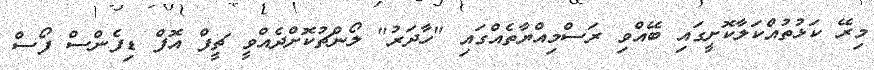
މިރޭ ކަޅުތުއްކަލާކޮށީގައި ބޭއްވި ރަސްމިއްޔާތެއްގައި "ހާދަރު" ލޯންޗުކޮށްދެއްވީ ޗީފް އޮފް ޑިފެންސް ފޯސް